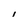
Character: I